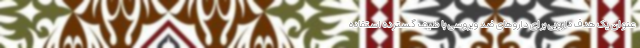
عنوان یک هدف دارویی برای دارو‌های ضد ویروسی با طیف گسترده استفاده